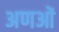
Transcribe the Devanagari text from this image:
अणओं